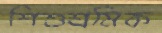
শিশুশ্রমিক